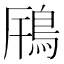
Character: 𩿫